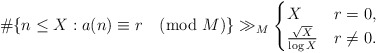
\begin{align*} \#\{ n\leq X : a(n)\equiv r \pmod{M} \} \gg_{M} \begin{cases}X &r=0,\\\frac{\sqrt{X}}{\log X} &r\neq 0.\end{cases}\end{align*}